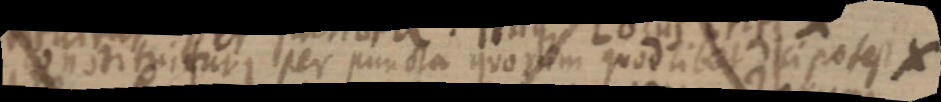
constituitur per puncta quorum quodlibet ici potest X